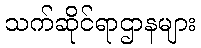
သက်ဆိုင်ရာဌာနများ